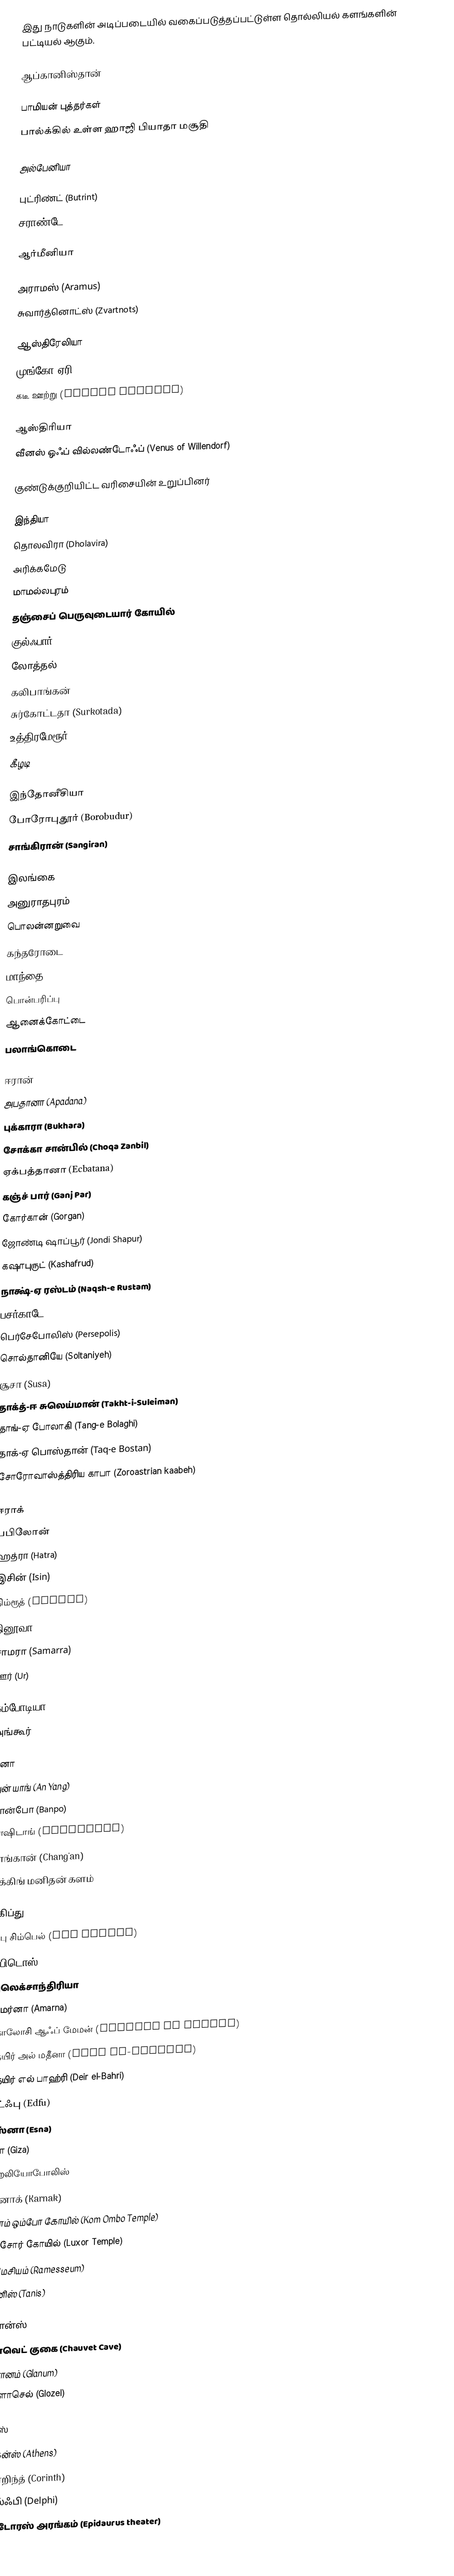
இது நாடுகளின் அடிப்படையில் வகைப்படுத்தப்பட்டுள்ள தொல்லியல் களங்களின் பட்டியல் ஆகும்.

ஆப்கானிஸ்தான்

 பாமியன் புத்தர்கள்
 பால்க்கில் உள்ள ஹாஜி பியாதா மசூதி

அல்பேனியா

 புட்ரிண்ட் (Butrint)
 சராண்டே (Sarandë)

ஆர்மீனியா

 அராமஸ் (Aramus)
 சுவார்த்னொட்ஸ் (Zvartnots)

ஆஸ்திரேலியா
 முங்கோ ஏரி (Lake Mungo)
 கடீ ஊற்று (Cuddie Springs)

ஆஸ்திரியா
 வீனஸ் ஒஃப் வில்லண்டோஃப் (Venus of Willendorf)

 குண்டுக்குறியிட்ட வரிசையின் உறுப்பினர்

இந்தியா
 தொலவிரா (Dholavira)
 அரிக்கமேடு
 மாமல்லபுரம்
 தஞ்சைப் பெருவுடையார் கோயில்
 குல்ஃபார்
 லோத்தல்
 கலிபாங்கன்
 சுர்கோட்டதா (Surkotada)
 உத்திரமேரூர்
கீழடி

இந்தோனீசியா
 போரோபுதூர் (Borobudur)
 சாங்கிரான் (Sangiran)

இலங்கை
 அனுராதபுரம்
 பொலன்னறுவை
 கந்தரோடை
 மாந்தை
 பொன்பரிப்பு
 ஆனைக்கோட்டை
 பலாங்கொடை

ஈரான்
 அபதானா (Apadana)
 புக்காரா (Bukhara)
 சோக்கா சான்பில் (Choqa Zanbil)
 ஏக்பத்தானா (Ecbatana)
 கஞ்ச் பார் (Ganj Par)
 கோர்கான் (Gorgan)
 ஜோண்டி ஷாப்பூர் (Jondi Shapur)
 கஷாபுருட் (Kashafrud)
 நாக்ஷ்-ஏ ரஸ்டம் (Naqsh-e Rustam)
 பசர்காடே (Pasargadae)
 பெர்சேபோலிஸ் (Persepolis)
 சொல்தானியே (Soltaniyeh)
 சூசா (Susa)
 தாக்த்-ஈ சுலெய்மான் (Takht-i-Suleiman)
 தாங்-ஏ போலாகி (Tang-e Bolaghi)
 தாக்-ஏ பொஸ்தான் (Taq-e Bostan)
 சோரோவாஸ்த்திரிய காபா (Zoroastrian kaabeh)

ஈராக்
 பபிலோன்
 ஹத்ரா (Hatra)
 இசின் (Isin)
 நிம்ரூத் (Nimrud)
 நினூவா (Nineveh)
 சாமரா (Samarra)
 ஊர் (Ur)

கம்போடியா
 அங்கூர்

சீனா
 அன் யாங் (An Yang)
 பான்போ (Banpo)
 பாஷிடாங் (Bashidang)
 சாங்கான் (Chang'an)
 பீக்கிங் மனிதன் களம்

எகிப்து
 அபு சிம்பெல் (Abu Simbel)
 அபிடொஸ் (Abydos)
 அலெக்சாந்திரியா
 அமர்னா (Amarna)
 கொலோசி ஆஃப் மேமன் (Colossi of Memnon)
 தெயிர் அல் மதீனா (Deir al-Madinah)
 தெயிர் எல் பாஹ்ரி (Deir el-Bahri)
 எட்ஃபு (Edfu)
 எஸ்னா (Esna)
 கீசா (Giza)
 ஹெலியோபோலிஸ்
 கர்னாக் (Karnak)
 கொம் ஒம்போ கோயில் (Kom Ombo Temple)
 லக்சோர் கோயில் (Luxor Temple)
 ராமேசியம் (Ramesseum)
 தானிஸ் (Tanis)

பிரான்ஸ்
 சோவெட் குகை (Chauvet Cave)
 கிளானம் (Glanum)
 குளோசெல் (Glozel)

கிரீஸ்
 ஏதென்ஸ் (Athens)
 கொறிந்த் (Corinth)
 டெல்ஃபி (Delphi)
 எபிடோரஸ் அரங்கம் (Epidaurus theater)